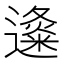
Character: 𲆃